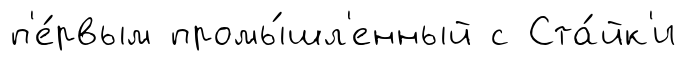
п'е́рвым промы́шл'енный с Ста́йк'и